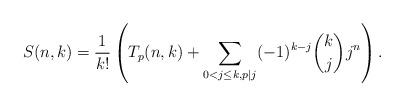
LaTeX: \begin{align*}S(n,k)=\frac{1}{k!}\left(T_p(n,k)+\sum_{0<j\leq k, p\mid j}(-1)^{k-j}{k\choose j}j^n\right).\end{align*}